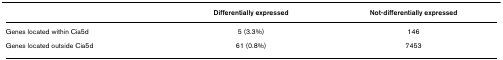
<table><thead><tr><td></td><td><b>Differentially expressed</b></td><td><b>Not-differentially expressed</b></td></tr></thead><tbody><tr><td>Genes located within Cia5d</td><td>5 (3.3%)</td><td>146</td></tr><tr><td>Genes located outside Cia5d</td><td>61 (0.8%)</td><td>7453</td></tr></tbody></table>